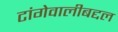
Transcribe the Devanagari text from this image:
टांगेवालीबद्दल